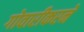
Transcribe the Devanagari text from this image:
गोवारीकरने